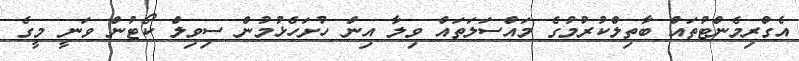
އެގްރިމެންޓުތައް ބާތިލްކުރުމުގެ މައްސަލަތައް ވިލާ އިން ހުށަހެޅުމުން ސިވިލް ކޯޓުން ވަނީ މީގެ